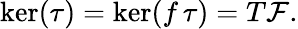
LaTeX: \ker(\tau)=\ker(f\, \tau)=T{\mathcal F}.